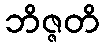
ဘိဇ္ဇတိ